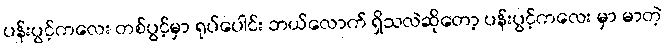
ပန်းပွင့်ကလေး တစ်ပွင့်မှာ ရုပ်ပေါင်း ဘယ်လောက် ရှိသလဲဆိုတော့ ပန်းပွင့်ကလေး မှာ မာတဲ့